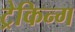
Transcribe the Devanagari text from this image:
ट्रेकिन्ग